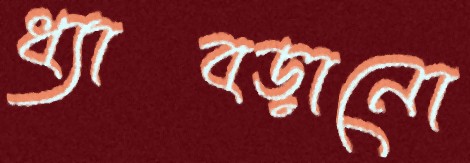
ধ্যাবড়ানো